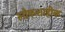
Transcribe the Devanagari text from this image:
लोकशाहीक